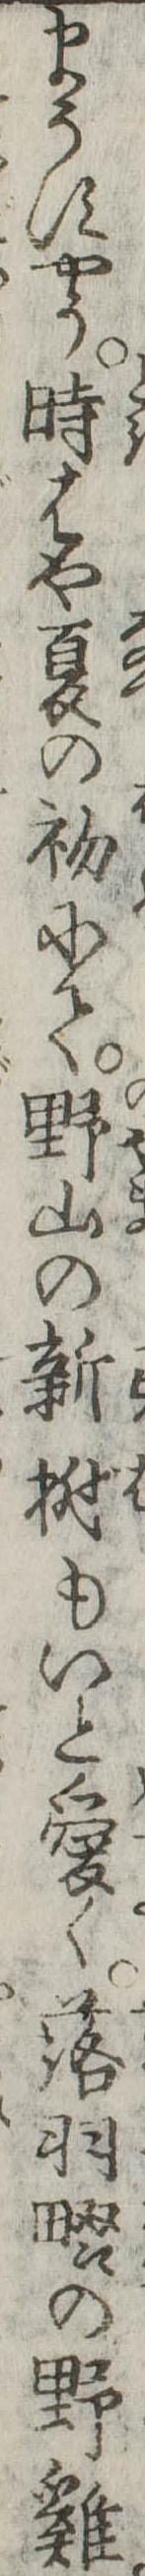
まうすやう時はや夏の初にて野山の新樹もいと愛く落羽畷の野鶏